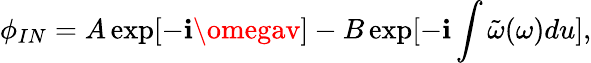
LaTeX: \phi_{IN}=A\exp[-\mathbf{i}\omegav]-B\exp[-\mathbf{i}\int\tilde{{\omega}}(\omega)du],